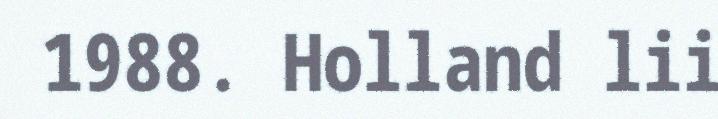
1988. Holland lii